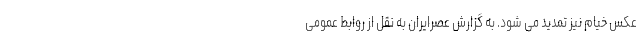
عکس خیام نیز تمدید می شود. به گزارش عصرایران به نقل از روابط عمومی